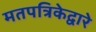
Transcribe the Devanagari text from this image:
मतपत्रिकेद्वारे